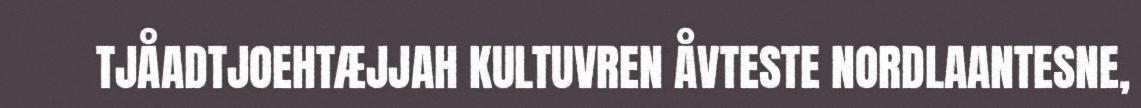
TJÅADTJOEHTÆJJAH KULTUVREN ÅVTESTE NORDLAANTESNE,